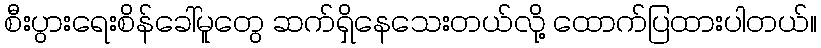
စီးပွားရေးစိန်ခေါ်မူတွေ ဆက်ရှိနေသေးတယ်လို့ ထောက်ပြထားပါတယ်။